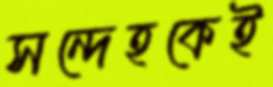
সন্দেহকেই